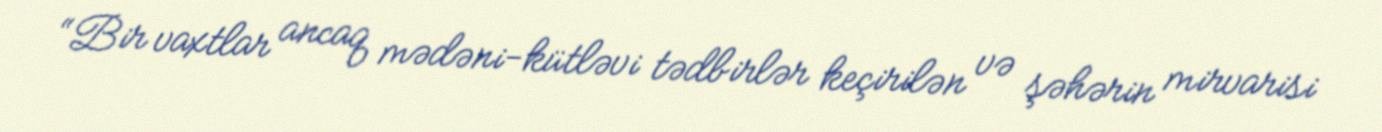
“Bir vaxtlar ancaq mədəni-kütləvi tədbirlər keçirilən və şəhərin mirvarisi